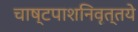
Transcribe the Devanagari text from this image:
चाष्टपाशनिवृत्तये